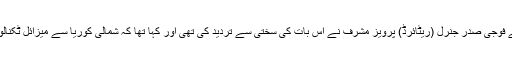
تاہم بے نظیر بھٹو اور پھر بعد میں اس وقت کے فوجی صدر جنرل (ریٹائرڈ) پرویز مشرف نے اس بات کی سختی سے تردید کی تھی اور کہا تھا کہ شمالی کوریا سے میزائل ٹکنالوجی بھاری رقم کے عوض حاصل کی گئی تھی۔